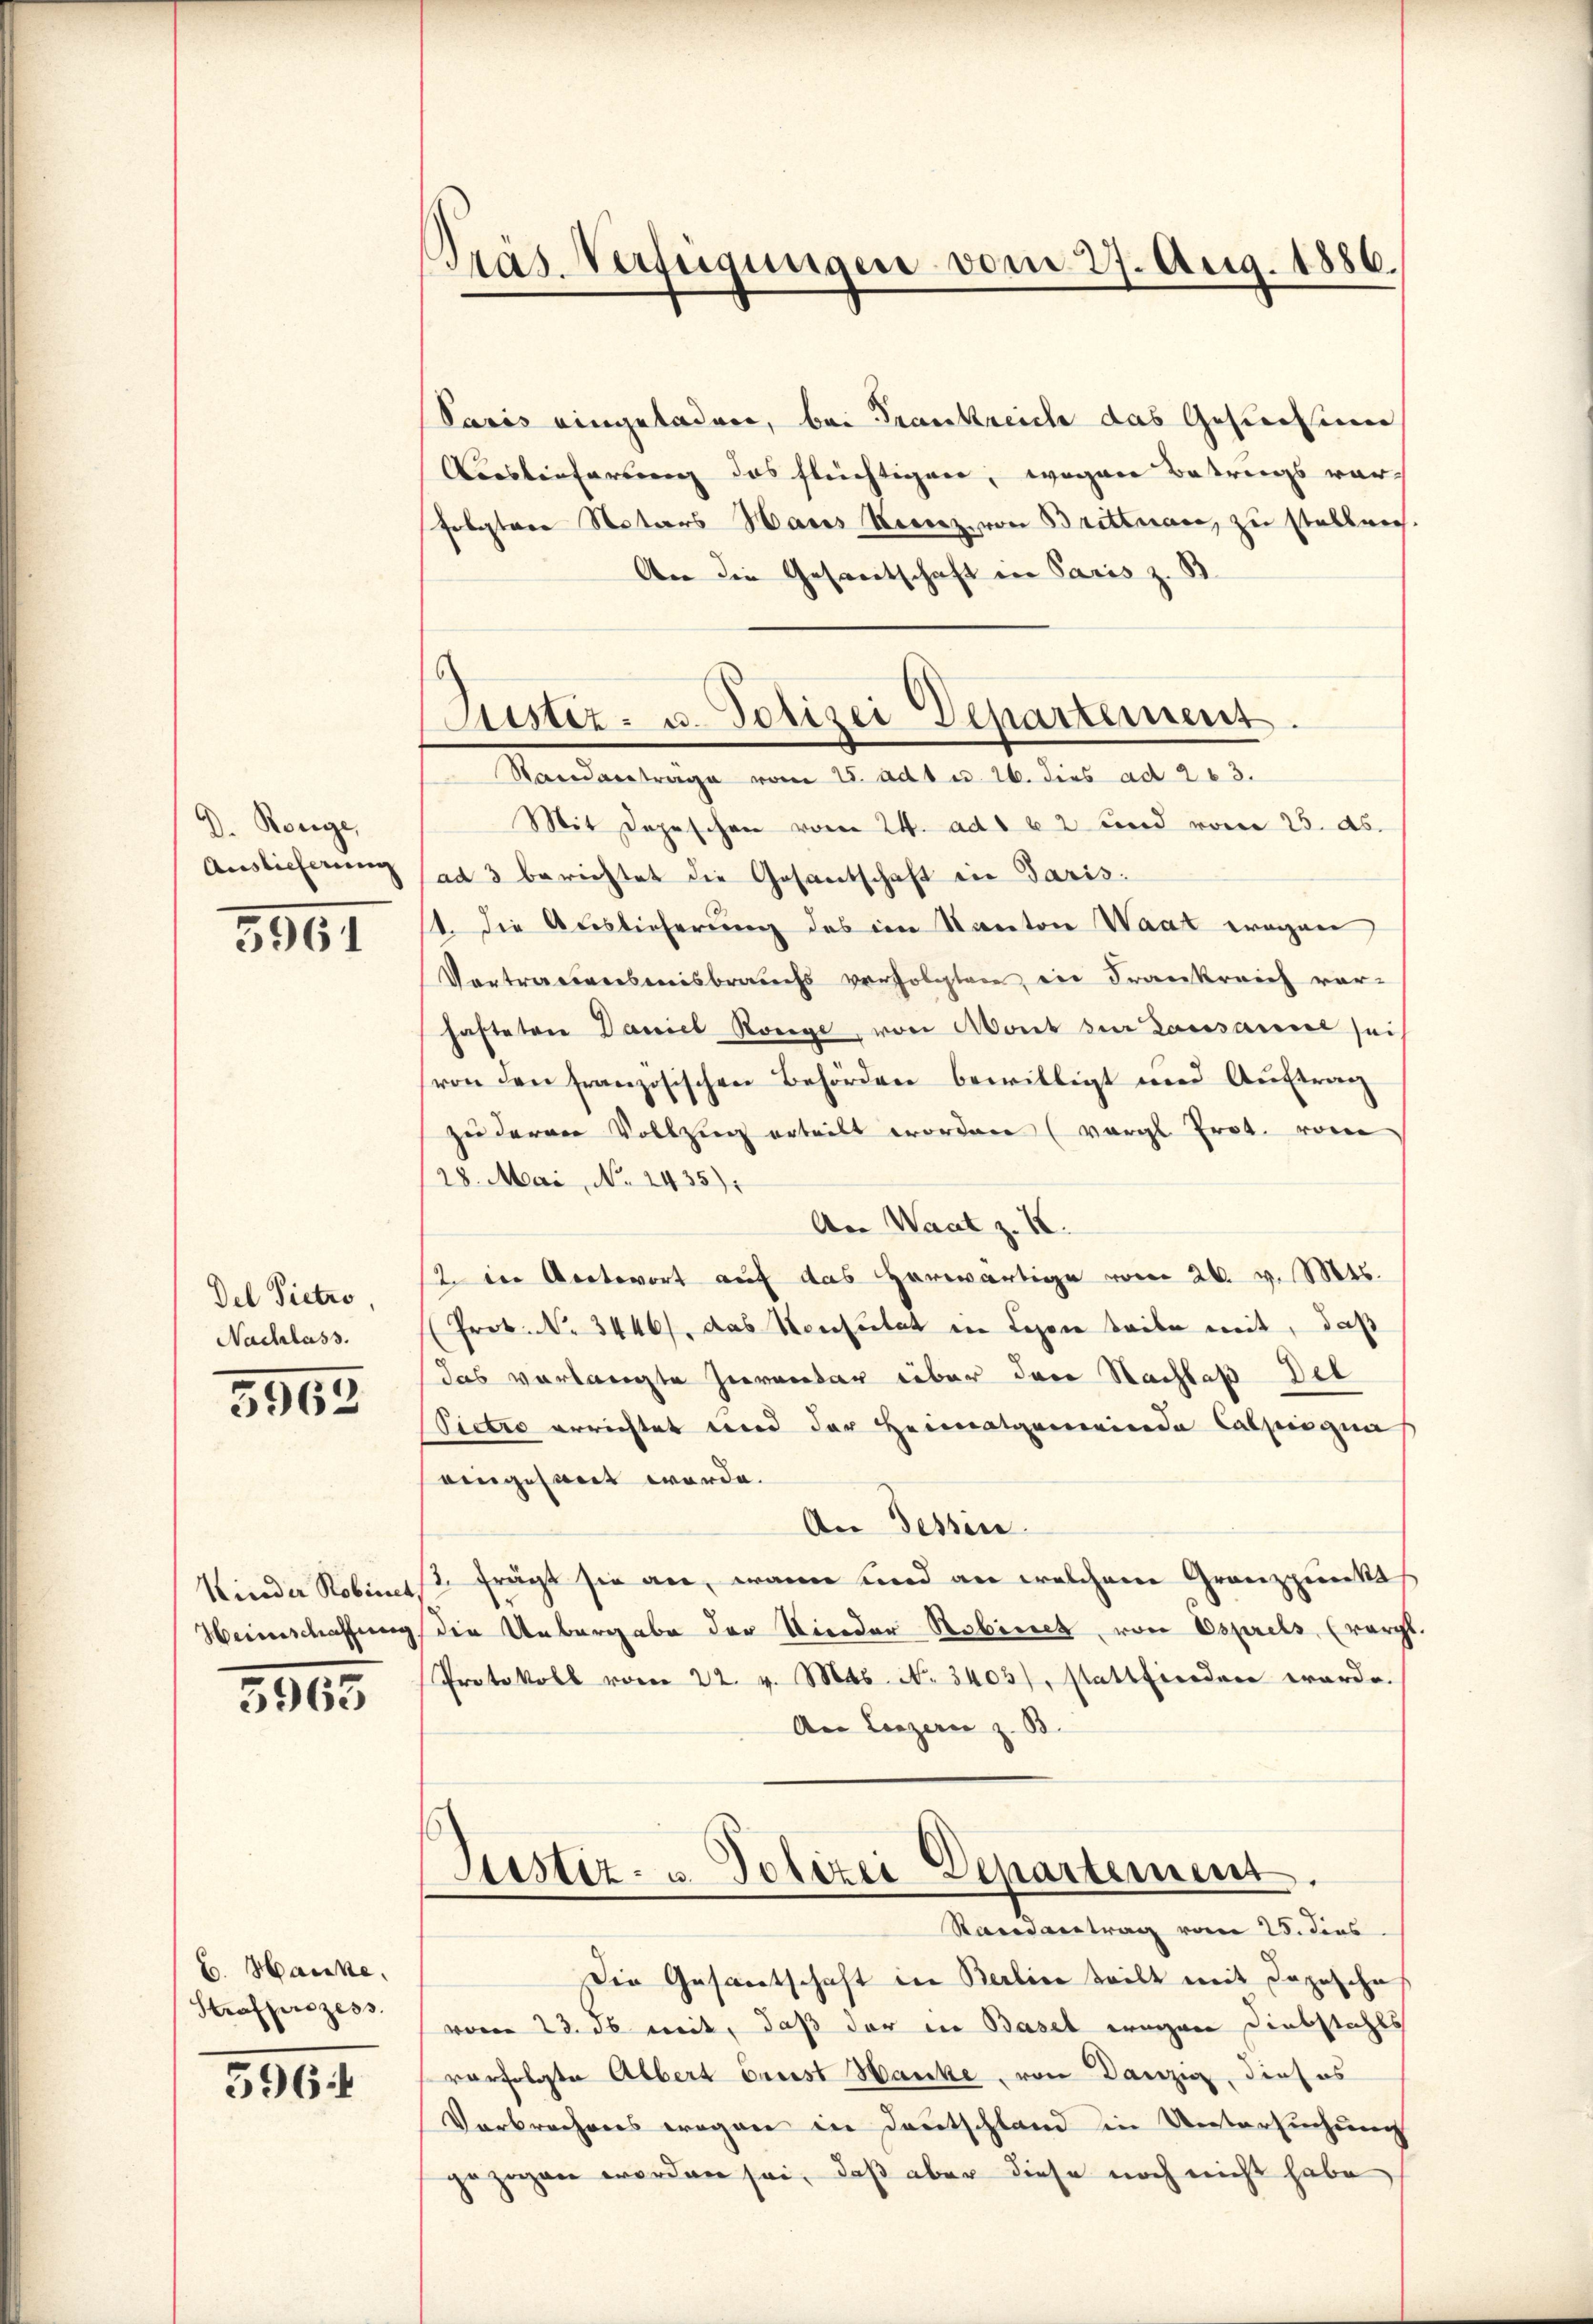
D. Renge,
Auslieferung

3961

Del Pietro
Nachlass.

5962

Kinder Robinet
Heimschaffung.

5963

C. Hancke,
Strafprozess

596.

Pras Verfügungen vom 27. Aug. 1886.

Paris eingeladere, bei Frankreich das Gesuchsinn
Auslieferung das flüchtigen, wegen Betrags war
folgtere Notars Hares Verenz von Brittnau, zu stelleich.
An die Gesandtschaft in Paris z. B.
Mit Depeschen vom 24. ad 162 und vom 25. ds.
(ad 3 berichtet die Gesantschaft in Paris.
1. Die Auslieferung des im Kanton Waat wegen
Vortrauensmisbrauchs verfolgten, in Frankreich vor-
hafteten Daniel Könige, von Mont zur Lausanne sei,
von den französischen Behörden bewilligt und Auftrag
zu derer Vollzug erteilt worden (vergl. Prot. vom
28. Mai, No 1435).
An Waat z. 12.
2 in Antwort auf das herwärtige vom 26. v. Mts.
(Prok. N. 3446), das Konsulat in Lesen beibe mit, daß
das vorlangte Inventar über der Nachlaß Del
Pietro errichtet und der Heimatgemeinde Calpisgna
eingesandt werde.
An Tessin
2 frägt sie an, wenn sind an welchem Granzpunkt
die Uebergabe der Kinder Robinet, von Esprels, (worgt
Protokoll vom 22. v. Mts. N. 3403), stattfinden werde.
An Luzern z. B.
Justiz- u Polizei Departement.
Randantrag vom 25. dies
Die Gesantschaft in Berline teilt mit dazusche
vom 23. ds. mit, daß der in Basel wegen Diebstahls
vorfolgte Albert erst Hanke, von Danzig, dieses
Verbrechens wegen in Deutschland in Untersuchung
gezogen worden sei, daß aber diese noch nicht habe

Justiz- u. Polizei Departement
Standantrage vom 15. ad 1. u. 26. dies ad 263.